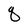
Character: q